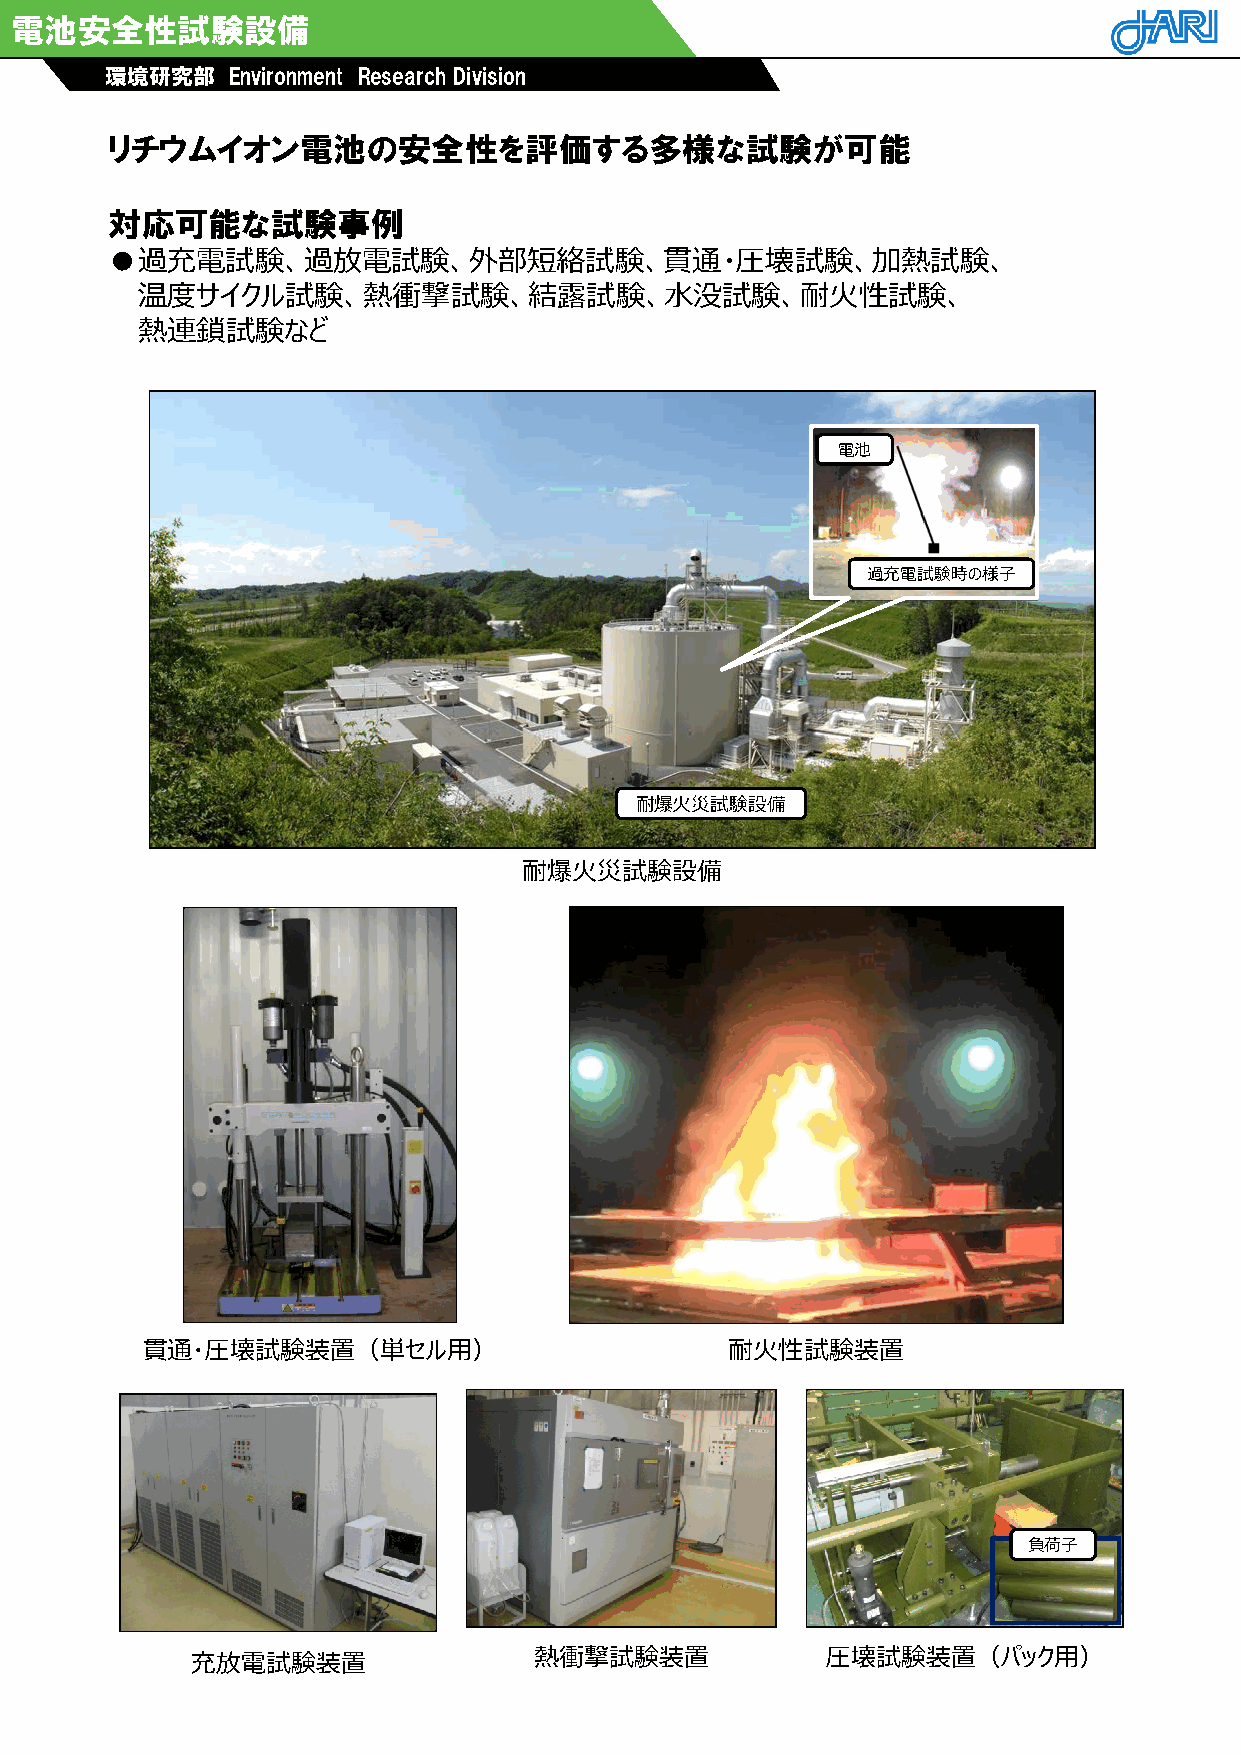
電池安全性試験設備
 環境研究部   Environment Research Division
 リチウムイオン電池の安全性を評価する多様な試験が可能
 対応可能な試験事例
 ●過充電試験、過放電試験、外部短絡試験、貫通・圧壊試験、加熱試験、
 温度サイクル試験、熱衝撃試験、結露試験、水没試験、耐火性試験、
 熱連鎖試験など
 電池
 過充電試験時の様子
 耐爆火災試験設備
 耐爆火災試験設備
 貫通・圧壊試験装置（単セル用）                        耐火性試験装置
 負荷子
 充放電試験装置               熱衝撃試験装置             圧壊試験装置（パック用）